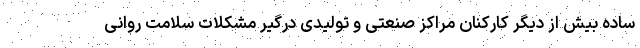
ساده بیش از دیگر کارکنان مراکز صنعتی و تولیدی درگیر مشکلات سلامت روانی